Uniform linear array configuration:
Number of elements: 4
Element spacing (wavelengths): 1
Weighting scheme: hann
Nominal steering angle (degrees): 60
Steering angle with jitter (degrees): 61.357
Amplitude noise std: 0.05
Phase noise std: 0.05

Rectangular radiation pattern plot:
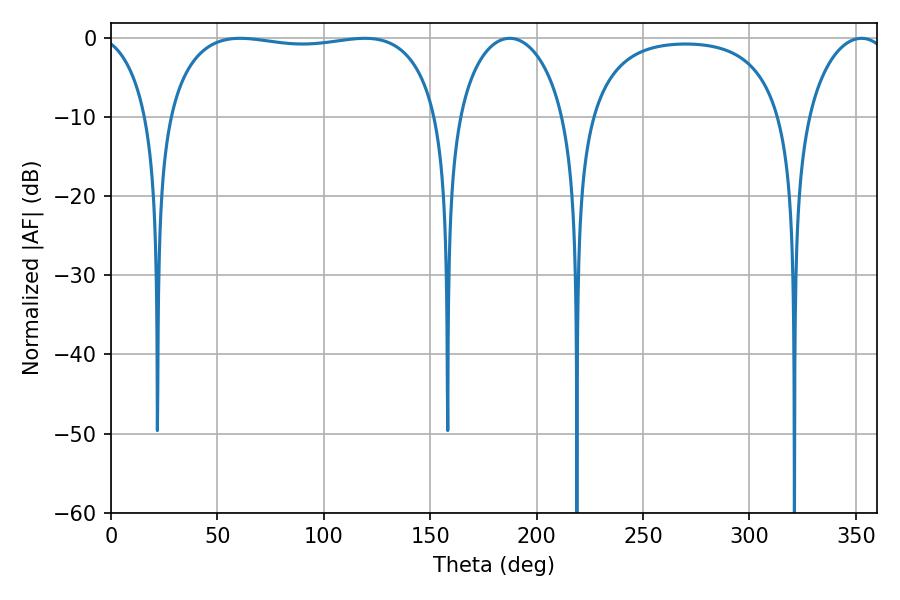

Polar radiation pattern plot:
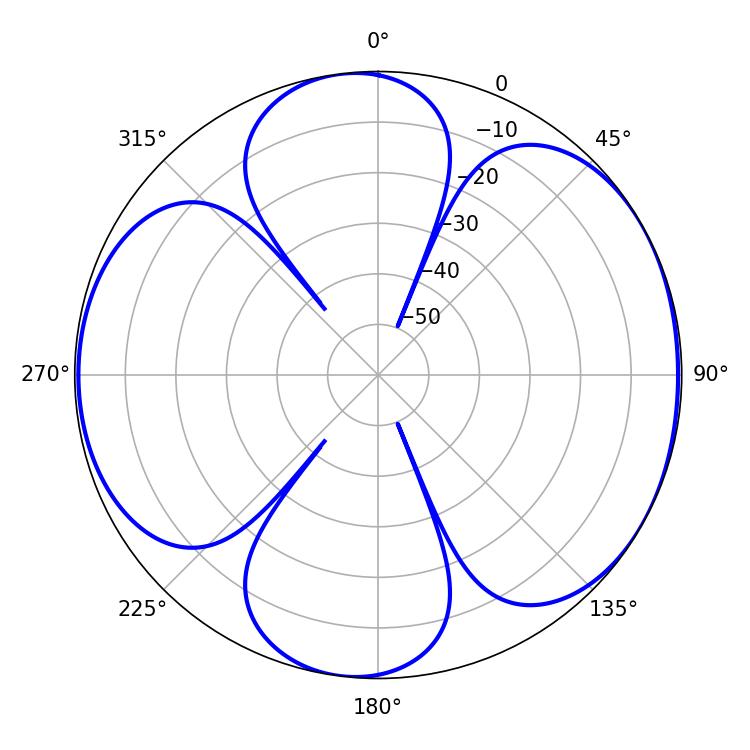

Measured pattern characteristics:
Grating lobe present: TRUE
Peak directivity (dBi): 6.195
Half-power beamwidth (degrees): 102.96
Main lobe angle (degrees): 60.66